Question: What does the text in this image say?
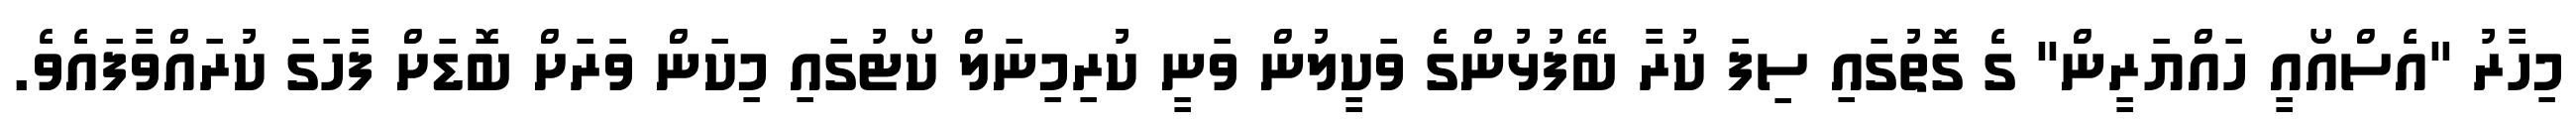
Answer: މިހާރު "އެސްއޯއީ ހައްޔަރީން" ގެ ގޮތުގައި ސިފަ ކުރާ ބޭފުޅުންގެ ވަކީލުން ވަނީ ކުރިމިނަލް ކޯޓުގައި މިކަން ވަރަށް ބޮޑަށް ފާހަގަ ކުރައްވާފައެވެ.